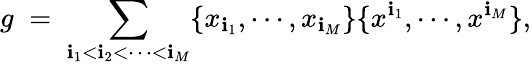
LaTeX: g\; =\; \sum_{\mathbf{i}_{1}<\mathbf{i}_{2}<\cdots<\mathbf{i}_{M}}\{ x_{\mathbf{i}_{1}},\cdots,x_{\mathbf{i}_{M}}\} \{ x^{\mathbf{i}_{1}},\cdots,x^{\mathbf{i}_{M}}\} ,